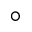
^ \circ